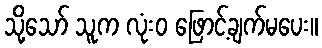
သို့သော် သူက လုံးဝ ဖြောင့်ချက်မပေး။